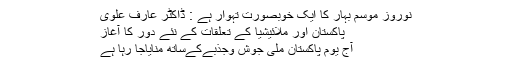
نوروز موسم بہار کا ایک خوبصورت تہوار ہے : ڈاکٹر عارف علوی
پاکستان اور ملائیشیا کے تعلقات کے نئے دور کا آغاز
آج یوم پاکستان ملی جوش وجذبےکےساتھ منایاجا رہا ہے